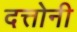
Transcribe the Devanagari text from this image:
दत्तोनी